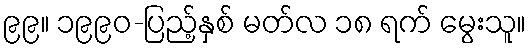
၉၉။ ၁၉၉၀-ပြည့်နှစ် မတ်လ ၁၈ ရက် မွေးသူ။